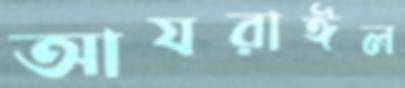
আযরাঈল